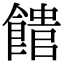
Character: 𩝡